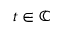
t \in \mathbb { C }